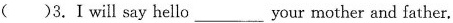
( )3.Iwill say hello__ your mother and father.